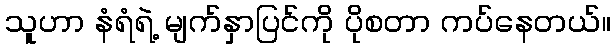
သူဟာ နံရံရဲ့ မျက်နှာပြင်ကို ပိုစတာ ကပ်နေတယ်။